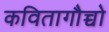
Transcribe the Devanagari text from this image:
कवितागौच्चो